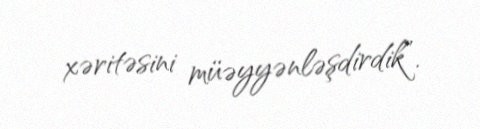
xəritəsini müəyyənləşdirdik”.